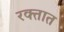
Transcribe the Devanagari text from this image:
रक्‍तात